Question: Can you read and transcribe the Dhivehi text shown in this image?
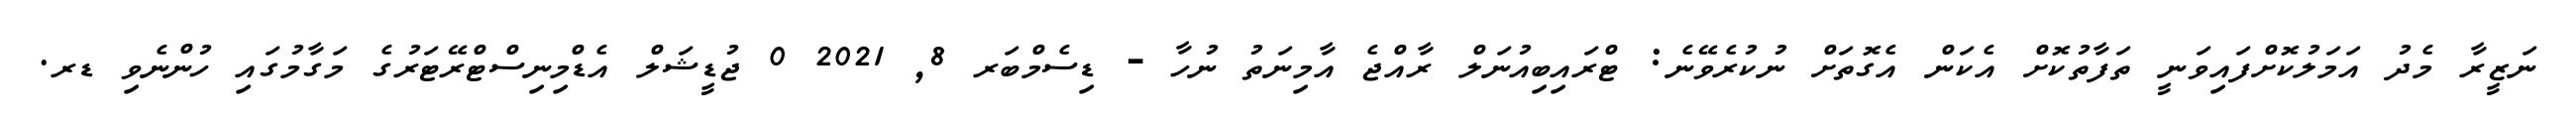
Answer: ނަޒީރާ މެދު އަމަލުކޮށްފައިވަނީ ތަފާތުކޮށް އެކަން އެގޮތަށް ނުކުރެވޭނެ: ޓްރައިބިއުނަލް ރާއްޖެ އާމިނަތު ނުހާ - ޑިސެމްބަރ 8, 2021 0 ޖުޑީޝަލް އެޑްމިނިސްޓްރޭޓަރުގެ މަގާމުގައި ހުންނެވި ޑރ.